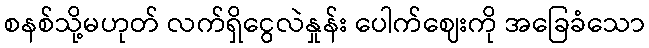
စနစ်သို့မဟုတ် လက်ရှိငွေလဲနှုန်း ပေါက်ဈေးကို အခြေခံသော